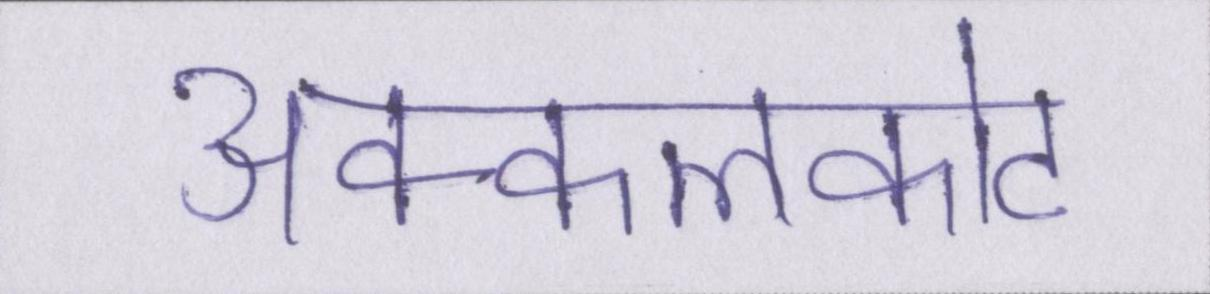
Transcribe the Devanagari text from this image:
अक्कलकोट